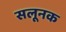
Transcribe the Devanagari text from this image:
सलूनक